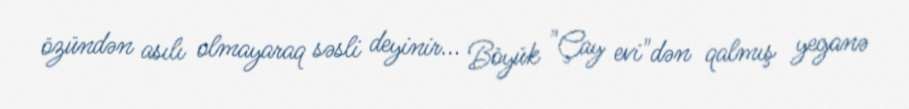
özündən asılı olmayaraq səsli deyinir... Böyük "Çay evi"dən qalmış yeganə